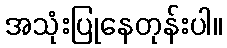
အသုံးပြုနေတုန်းပါ။